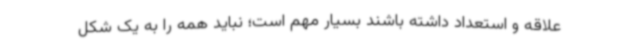
علاقه و استعداد داشته باشند بسیار مهم است؛ نباید همه را به یک شکل